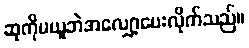
ဆုကိုမယူဘဲအလျှော့ပေးလိုက်သည်။